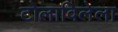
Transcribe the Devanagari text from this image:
टोलाविलेला